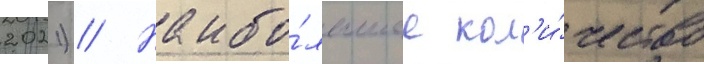
2021) // Наибо́льшее кол'и́чество